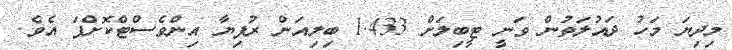
މިދިޔަ މަހު ދައުލަތުން ވަނީ ޓީބިލަށް 1.433 ބިލިއަން ރުފިޔާ އިންވެސްޓްކޮށްފަ އެވެ.